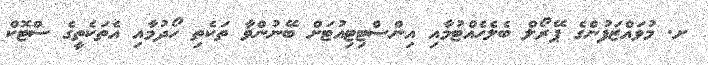
ށ. މުވައްޒަފުންގެ ޕޭރޯލް ބެލެހެއްޓުމާއި އިންސްޓިޓިއުޓަށް ބޭނުންވާ ތަކެތި ހޯދުމާއި އެތަކެތީގެ ސްޓޮކް